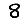
Digit: 8